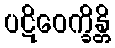
ပဋိဝေက္ခိန္တိ